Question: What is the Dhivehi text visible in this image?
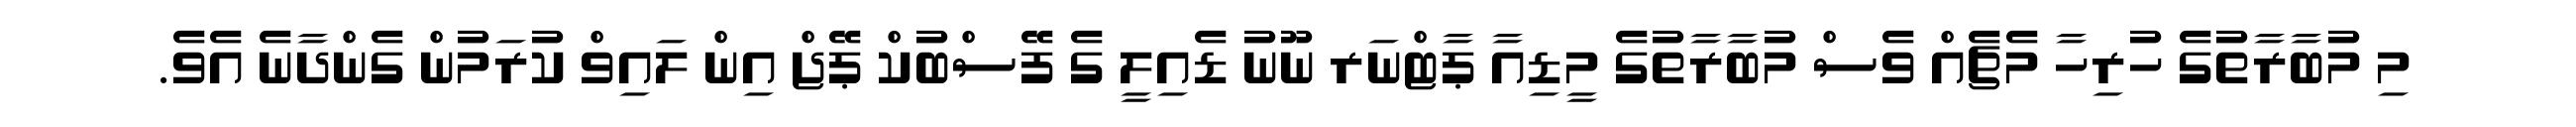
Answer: މި މުބާރާތުގެ ހުރިހާ މެޗެއް ވެސް މުބާރާތުގެ މީޑިއާ ޕާޓްނަރ ނޫނު ޑެއިލީ ގެ ފޭސްބުކް ޕޭޖް އިން ލައިވް ކުރަމުން ގެންދާނެ އެވެ.